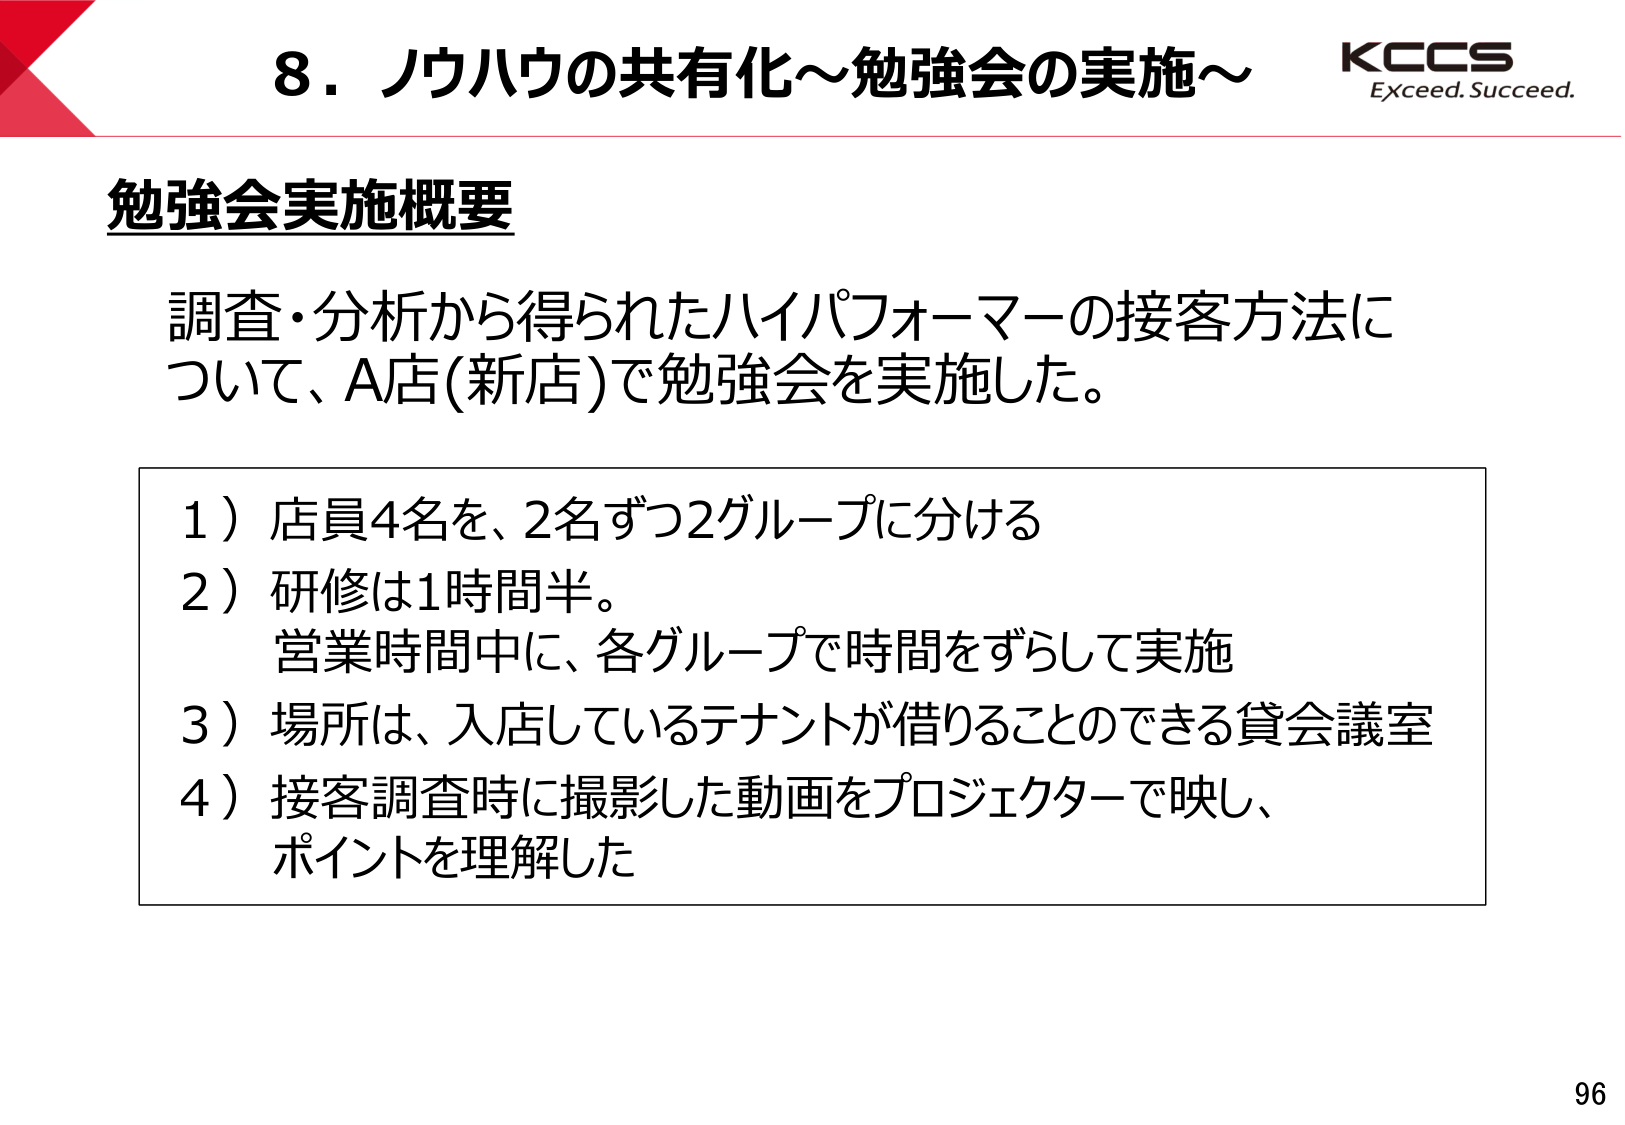
8．ノウハウの共有化～勉強会の実施～

KCCS
Exceed. Succeed.

勉強会実施概要

調査・分析から得られたハイパフォーマーの接客方法について、A店(新店)で勉強会を実施した。

1）店員4名を、2名ずつ2グループに分ける
2）研修は1時間半。
　営業時間中に、各グループで時間をずらして実施
3）場所は、入店しているテナントが借りることのできる貸会議室
4）接客調査時に撮影した動画をプロジェクターで映し、
　ポイントを理解した

96